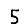
Digit: 5